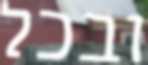
ובכל